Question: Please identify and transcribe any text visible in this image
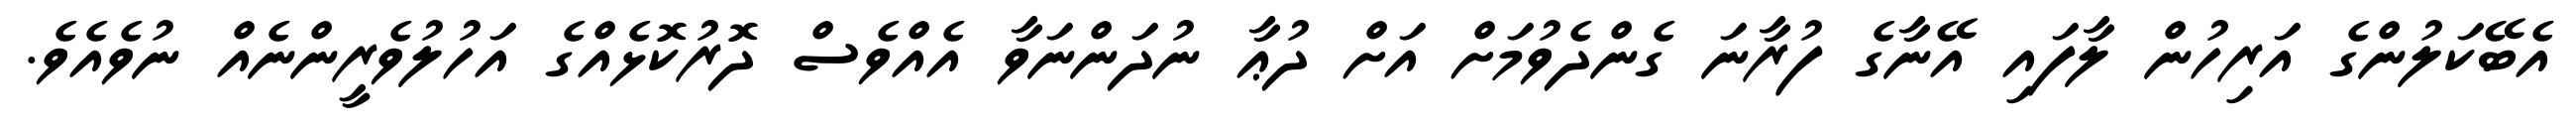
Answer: އެބޭކަލުންގެ އަރިހުން ލާފައި އޭނާގެ ފުރާނަ ގެންދެވުމަށް އަށް ދުޢާ ނުދަންނަވާ އެއްވެސް ދޮރުކޮޅެއްގެ އަހުލުވެރީންނެއް ނުވެއެވެ.